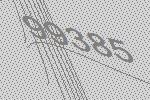
99385